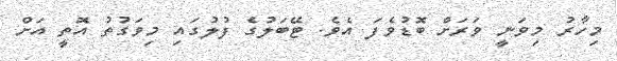
މިހާރު މިވަނީ ވަރަށް ބޮޑުވެފަ އެވެ. ޓޭބަލުގެ ފުލުގައި މިވަގުތު އޮތީ އަށް